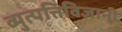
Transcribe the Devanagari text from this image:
व्युत्पत्तिविज्ञानी